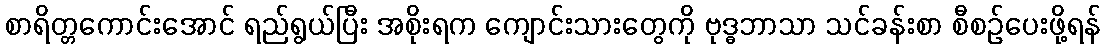
စာရိတ္တကောင်းအောင် ရည်ရွယ်ပြီး အစိုးရက ကျောင်းသားတွေကို ဗုဒ္ဓဘာသာ သင်ခန်းစာ စီစဉ်ပေးဖို့ရန်